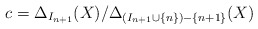
\begin{align*}c = \Delta_{I_{n+1}}(X)/\Delta_{(I_{n+1} \cup \{n\}) - \{n+1\}}(X)\end{align*}